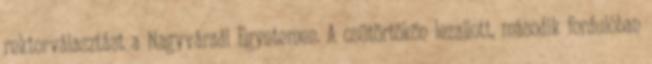
rektorválasztást a Nagyváradi Egyetemen. A csütörtökön lezajlott, második fordulóban